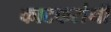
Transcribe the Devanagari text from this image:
काटकरांनी